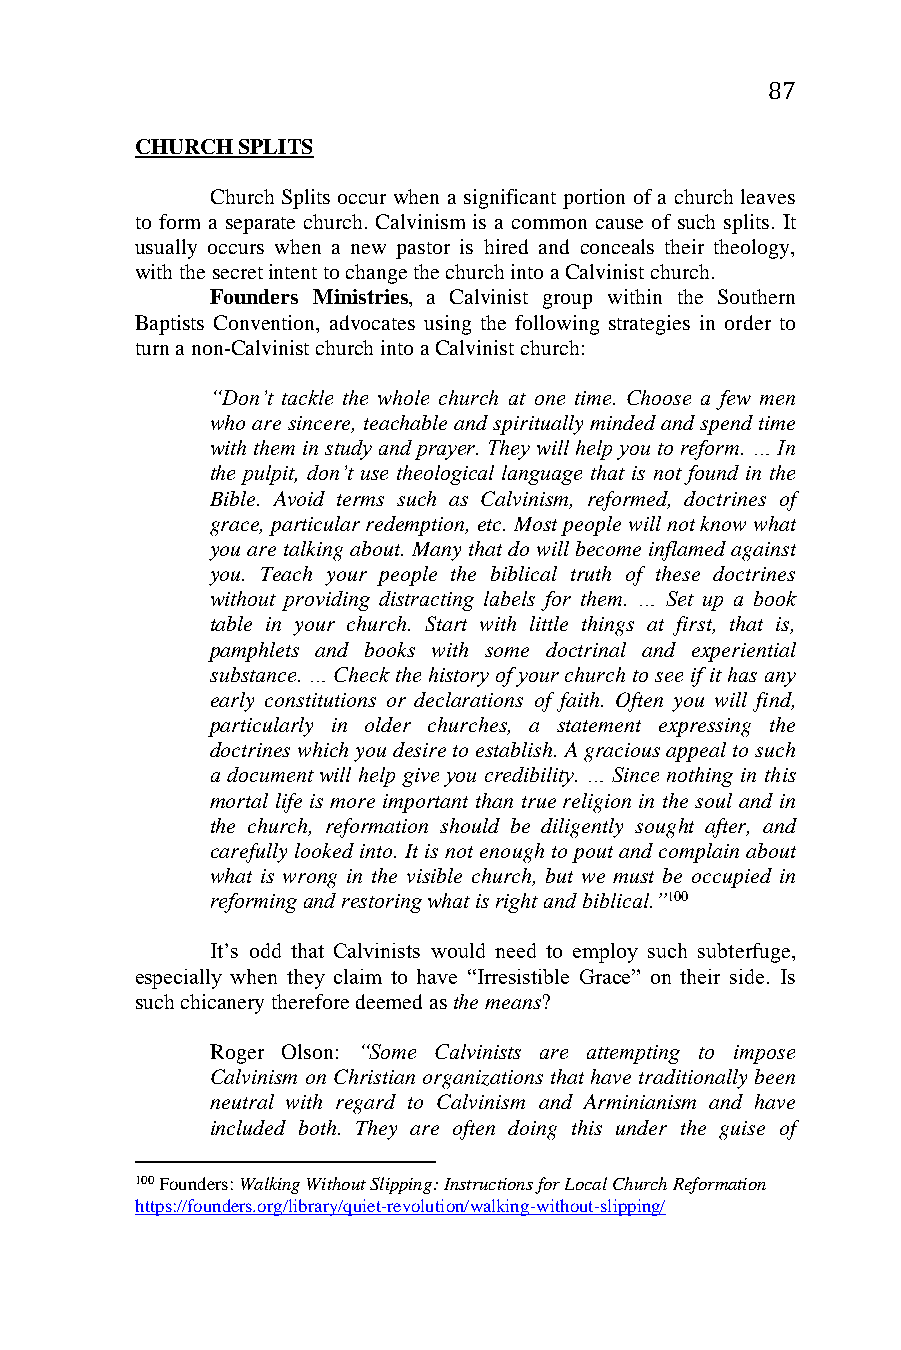
87
 CHURCH SPLITS
 Church Splits occur when a significant portion of a church leaves
 to form a separate church. Calvinism is a common cause of such splits. It
 usually occurs when a new pastor is hired and conceals their theology,
 with the secret intent to change the church into a Calvinist church.
 Founders Ministries, a Calvinist group within the Southern
 Baptists Convention, advocates using the following strategies in order to
 turn a non-Calvinist church into a Calvinist church:
 “Don’t tackle the whole church at one time. Choose a few men
 who are sincere, teachable and spiritually minded and spend time
 with them in study and prayer. They will help you to reform. … In
 the pulpit, don’t use theological language that is not found in the
 Bible. Avoid terms such as Calvinism, reformed, doctrines of
 grace, particular redemption, etc. Most people will not know what
 you are talking about. Many that do will become inflamed against
 you. Teach your people the biblical truth of these doctrines
 without providing distracting labels for them. … Set up a book
 table in your church. Start with little things at first, that is,
 pamphlets and books with some doctrinal and experiential
 substance. … Check the history of your church to see if it has any
 early constitutions or declarations of faith. Often you will find,
 particularly in older churches, a statement expressing the
 doctrines which you desire to establish. A gracious appeal to such
 a document will help give you credibility. … Since nothing in this
 mortal life is more important than true religion in the soul and in
 the church, reformation should be diligently sought after, and
 carefully looked into. It is not enough to pout and complain about
 what is wrong in the visible church, but we must be occupied in
 reforming and restoring what is right and biblical.”100
 It’s odd that Calvinists would need to employ such subterfuge,
 especially when they claim to have “Irresistible Grace” on their side. Is
 such chicanery therefore deemed as the means?
 Roger Olson: “Some Calvinists are attempting to impose
 Calvinism on Christian organizations that have traditionally been
 neutral with regard to Calvinism and Arminianism and have
 included both. They are often doing this under the guise of
 100 Founders: Walking Without Slipping: Instructions for Local Church Reformation
 https://founders.org/library/quiet-revolution/walking-without-slipping/